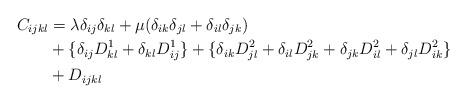
LaTeX: \begin{align*} C_{i j k l} &= \lambda \delta_{i j} \delta_{k l} + \mu(\delta_{i k}\delta_{j l} + \delta_{i l}\delta_{j k}) \\ &+ \{ \delta_{i j }D_{k l}^1 + \delta_{k l}D_{i j}^1 \} + \{ \delta_{i k }D_{j l}^2 + \delta_{i l }D_{j k}^2 + \delta_{j k }D_{i l}^2 + \delta_{j l }D_{i k}^2\} \\ &+ D_{i j k l} \end{align*}